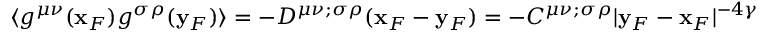
\langle g ^ { \mu \nu } ( { \bf x } _ { F } ) g ^ { \sigma \rho } ( { \bf y } _ { F } ) \rangle = - D ^ { \mu \nu ; \sigma \rho } ( { \bf x } _ { F } - { \bf y } _ { F } ) = - C ^ { \mu \nu ; \sigma \rho } \vert { \bf y } _ { F } - { \bf x } _ { F } \vert ^ { - 4 \gamma }